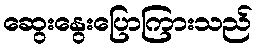
ဆွေးနွေးပြောကြားသည်